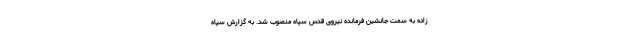
زاده به سمت جانشین فرمانده نیروی قدس سپاه منصوب شد. به گزارش سپاه